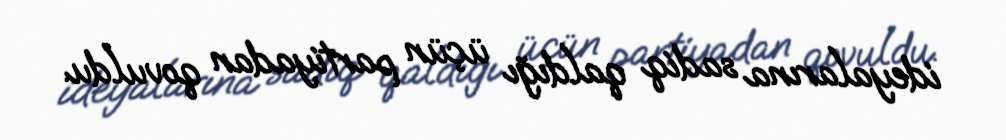
ideyalarına sadiq qaldığı üçün partiyadan qovuldu.